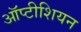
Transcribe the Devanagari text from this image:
ऑप्टीशियन